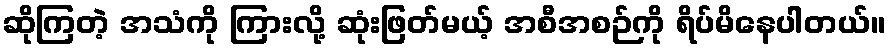
ဆိုကြတဲ့ အသံကို ကြားလို့ ဆုံးဖြတ်မယ့် အစီအစဉ်ကို ရိပ်မိနေပါတယ်။